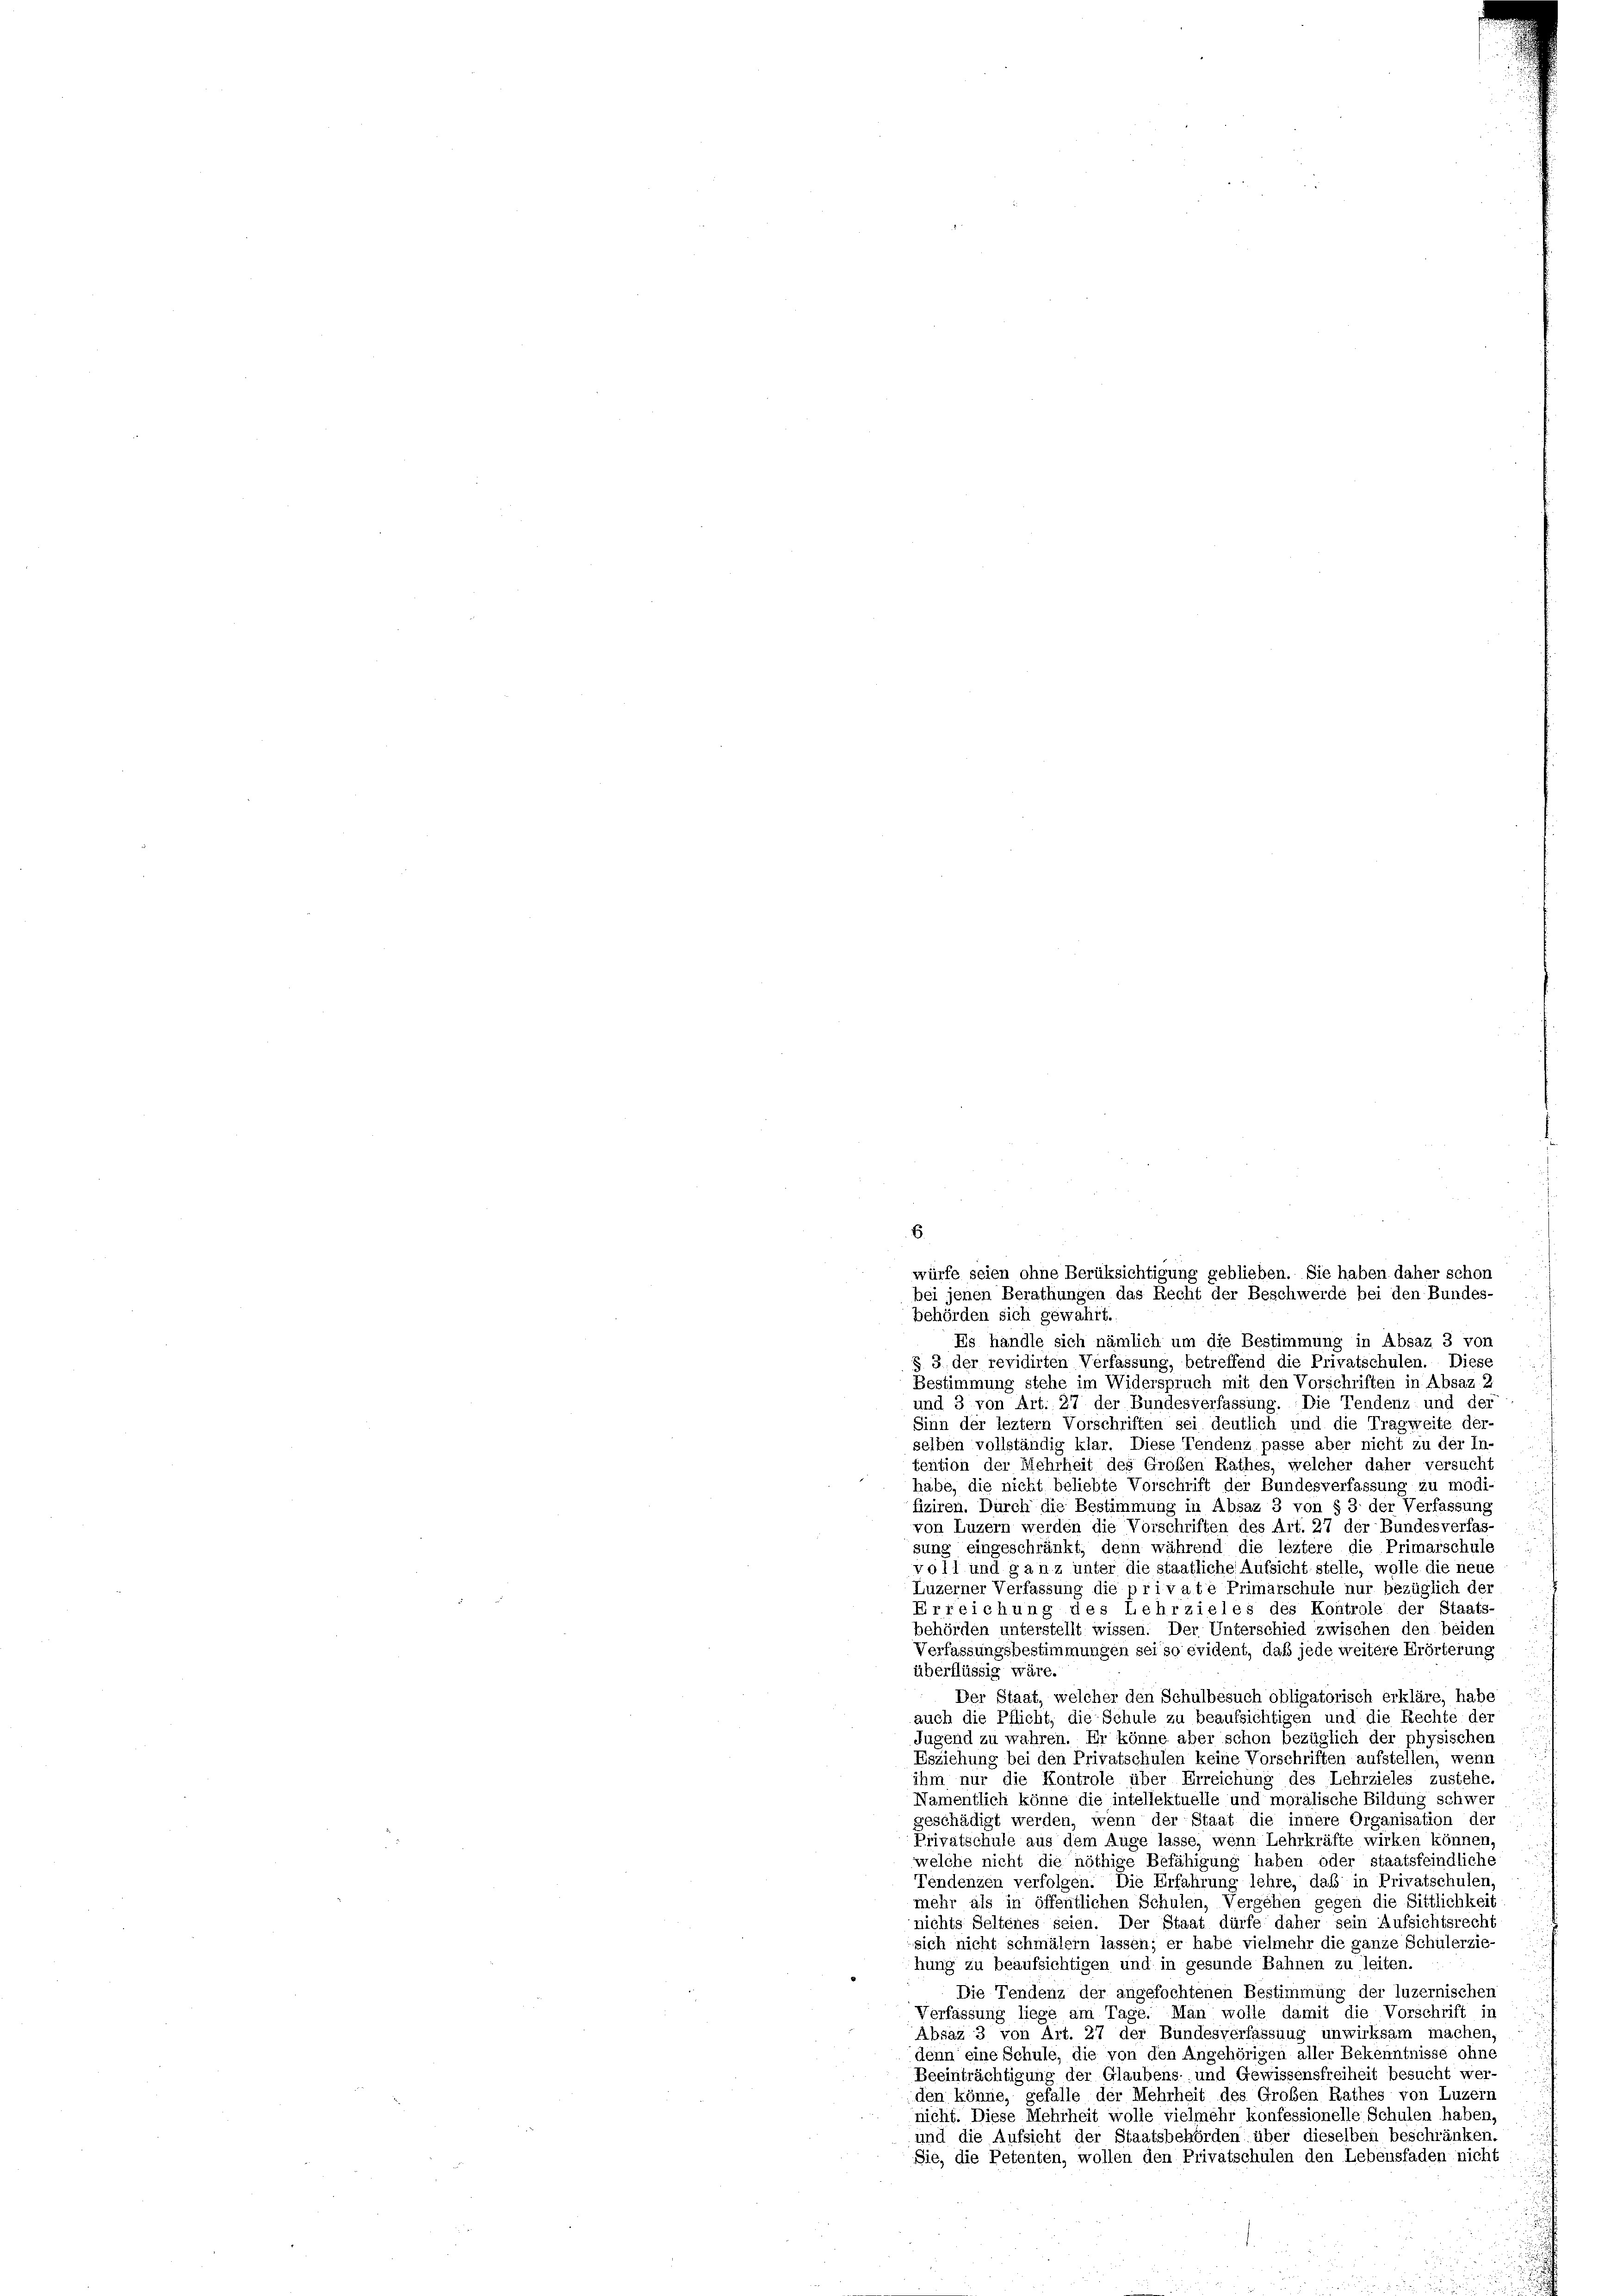
behörden sich gewahrt.
Es handle sich nämlich um die Bestimmung in Absaz 3 von
§ 3 der revidirten Verfassung, betreffend die Privatschulen. Diese
Bestimmung stehe im Widerspruch mit den Vorschriften in Absaz, 2
.
und 3 von Art. 27 der Bundesverfassung. Die Tendenz und der
Sinn der leztem Vorschriften sei deutlich und die Tragweite der-
selben vollständig klar. Diese Tendenz passe aber nicht zu der In-
tention der Mehrheit des Großen Rathes, welcher daher versucht
habe, die nicht beliebte Vorschrift der Bundesverfassung zu modi-
fiziren. Durch die Bestimmung in Absaz 3 von § 3 der Verfassung
von Luzern werden die Vorschriften des Art. 27 der Bundesverfas-
sung eingeschränkt, denn während die leztere die Primarschule
voll und ganz unter die staatliche Aufsicht stelle, wolle die neue
Luzerner Verfassung die private Primarschule nur bezüglich der
Erreichung des Lehrzieles des Kontrole der Staats-
behörden unterstellt wissen. Der Unterschied zwischen den beiden
Verfassungsbestimmungen sei so evident, daß jede weitere Erörterung
überflüssig wäre.
Der Staat, welcher den Schulbesuch obligatorisch erkläre, habe
auch die Pflicht, die Schule zu beaufsichtigen und die Rechte der
Jugend zu wahren. Er könne aber schon bezüglich der physischen
Esziehung bei den Privatschulen keine Vorschriften aufstellen, wenn
ihm nur die Kontrole über Erreichung des Lehrzieles zustehe.
Namentlich könne die intellektuelle und moralische Bildung schwer
geschädigt werden, wenn der Staat die innere Organisation der
Privatschule aus dem Auge lasse, wenn Lehrkräfte wirken können,
welche nicht die nöthige Befähigung haben oder staatsfeindliche
Tendenzen verfolgen. Die Erfahrung lehre, daß in Privatschulen,
mehr als in öffentlichen Schulen, Vergehen gegen die Sittlichkeit
nichts Seltenes seien. Der Staat dürfe daher sein Aufsichtsrecht
sich nicht schmälern lassen; er habe vielmehr die ganze Schülerzie-
hung zu beaufsichtigen und in gesunde Bahnen zu leiten.
Die Tendenz der angefochtenen Bestimmung der luzernischen
Verfassung liege am Tage. Man wolle damit die Vorschrift in
Absaz 3 von Art. 27 der Bundesverfassung unwirksam machen,
denn eine Schule, die von den Angehörigen aller Bekenntnisse ohne
Beeinträchtigung der Glaubens- und Gewissensfreiheit besucht wer-
den könne, gefalle der Mehrheit des Großen Rathes von Luzern
nicht. Diese Mehrheit wolle vielmehr konfessionelle Schulen haben
und die Aufsicht der Staatsbehörden über dieselben beschränken.
Sie, die Petenten, wollen den Privatschulen den Lebensfaden nicht

6

würfe seien ohne Berüksichtigung geblieben. Sie haben daher schon
bei jenen Berathungen das Recht der Beschwerde bei den Bundes-